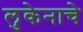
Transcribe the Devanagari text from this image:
लुकेनाचे